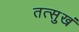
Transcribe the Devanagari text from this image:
तत्सुखं